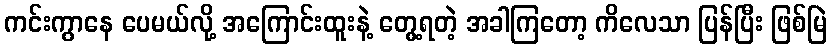
ကင်းကွာနေ ပေမယ်လို့ အကြောင်းထူးနဲ့ တွေ့ရတဲ့ အခါကြတော့ ကိလေသာ ပြန်ပြီး ဖြစ်မြဲ